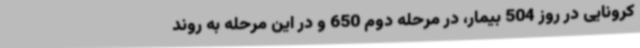
کرونایی در روز 504 بیمار، در مرحله دوم 650 و در این مرحله به روند